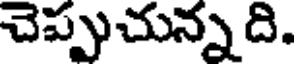
చెప్పుచున్నది.